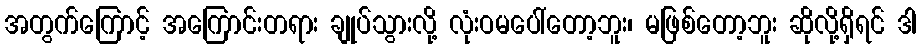
အတွက်ကြောင့် အကြောင်းတရား ချုပ်သွားလို့ လုံးဝမပေါ်တော့ဘူး၊ မဖြစ်တော့ဘူး ဆိုလို့ရှိရင် ဒါ